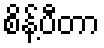
စိန့်ပီတာ